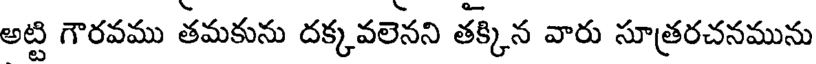
అట్టి గౌరవము తమకును దక్కవలెనని తక్కిన వారు సూత్రరచనమును